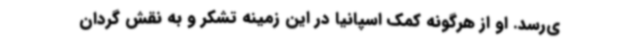
ی‌رسد. او از هرگونه کمک اسپانیا در این زمینه تشکر و به نقش گردان